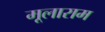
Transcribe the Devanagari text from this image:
मूलाराम